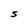
Character: S